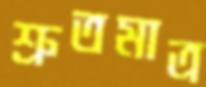
শ্রুতমাত্র